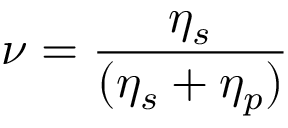
\nu = \frac { \eta _ { s } } { ( \eta _ { s } + \eta _ { p } ) }